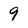
Character: 9